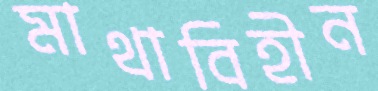
মাথাবিহীন